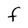
Character: f